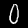
Digit: 0